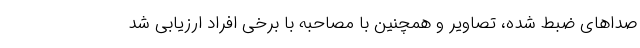
صداهای ضبط شده، تصاویر و همچنین با مصاحبه با برخی افراد ارزیابی شد